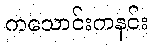
ကသောင်းကနင်း